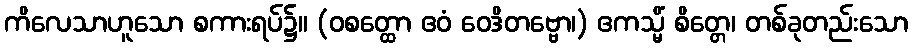
ကိလေသာဟူသော စကားရပ်၌။ (ဝစတ္ထော ဧဝံ ဝေဒိတဗ္ဗော၊) ဧကသ္မိံ စိတ္တေ၊ တစ်ခုတည်းသော